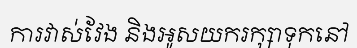
ការវាស់វែង និងអូសយករក្សាទុកនៅ